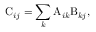
{ \mathrm C _ { i j } } = \sum _ { k } { \mathrm A } _ { i k } { \mathrm B } _ { k j } ,